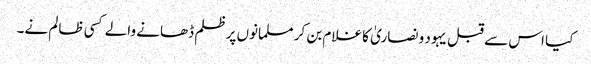
کیا اس سے قبل یہود و نصاریٰ کا غلام بن کر مسلمانوں پرظلم ڈھانے والے کسی ظالم نے۔